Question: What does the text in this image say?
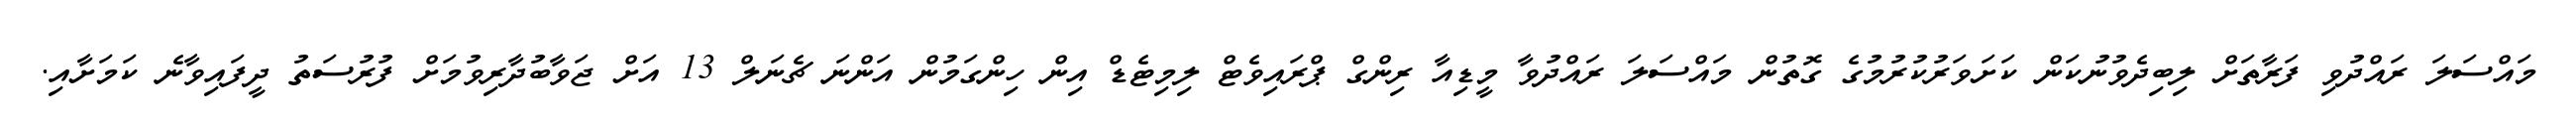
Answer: މައްސަލަ ރައްދުވި ފަރާތަށް ލިބިދެވުނުކަން ކަށަވަރުކުރުމުގެ ގޮތުން މައްސަލަ ރައްދުވާ މީޑިއާ ރިންގް ޕްރައިވެޓް ލިމިޓެޑް އިން ހިންގަމުން އަންނަ ޗެނަލް 13 އަށް ޖަވާބުދާރިވުމަށް ފުރުސަތު ދީފައިވާނެ ކަމަށާއި.